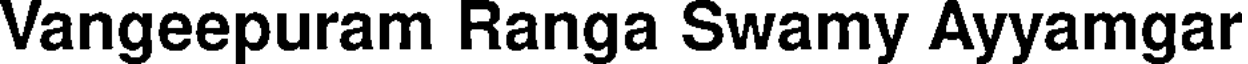
Vangeepuram Ranga Swamy Ayyamgar